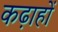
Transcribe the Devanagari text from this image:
कढ़ाहों